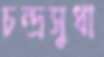
চন্দ্রসুধা